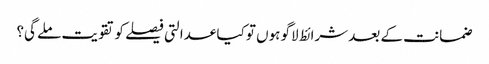
ضمانت کے بعد شرائط لاگو ہوں تو کیا عدالتی فیصلے کو تقویت ملے گی؟